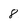
Character: 8